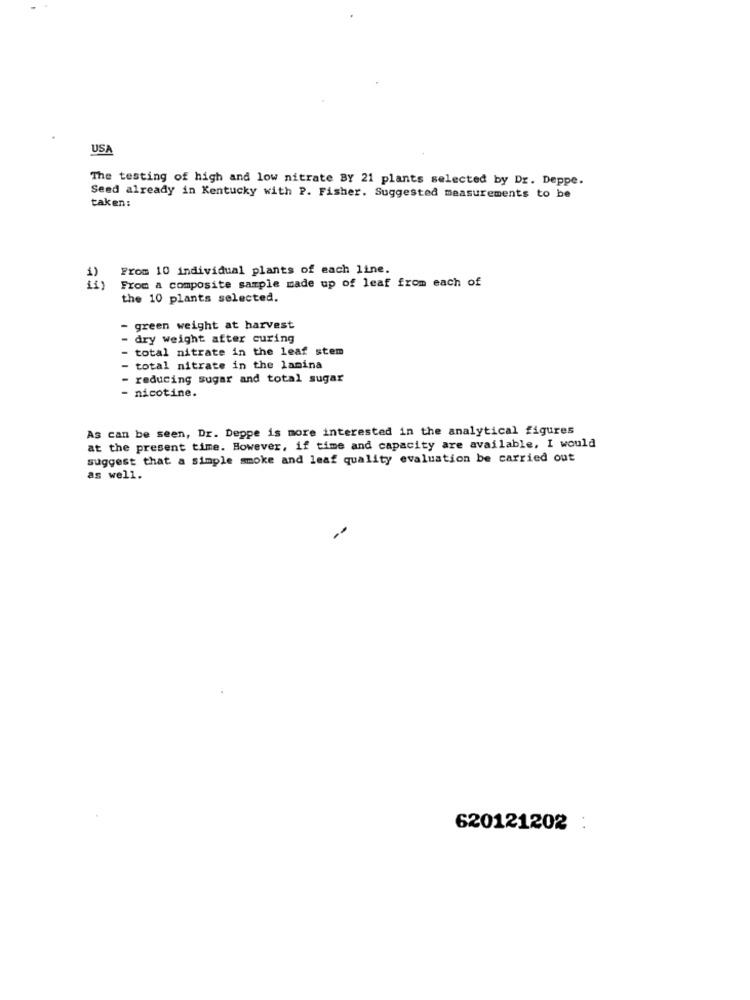
USA
The testing of high and low nitrate By 21 plants selected by Dr. Deppe.
Seed already in Kentucky with P. Fisher. Suggested measurements to be
taken:
From 10 individual plants of each line.
From a composite sample made up of leaf from each of
the 10 plants selected.
- green weight at harvest
dry weight after curing
- total nitrate in the leaf stem
- total nitrate in the lamina
- reducing sugar and total sugar
- nicotine.
As can be seen, Dr. Deppe is more interested in the analytical figures
at the present time. However, if time and capacity are available, I would
suggest that a simple smoke and leaf quality evaluation be carried out
as well.
--
620121202 :